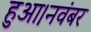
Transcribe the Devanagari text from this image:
हुआ।नवंबर